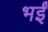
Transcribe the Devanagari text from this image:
भईं